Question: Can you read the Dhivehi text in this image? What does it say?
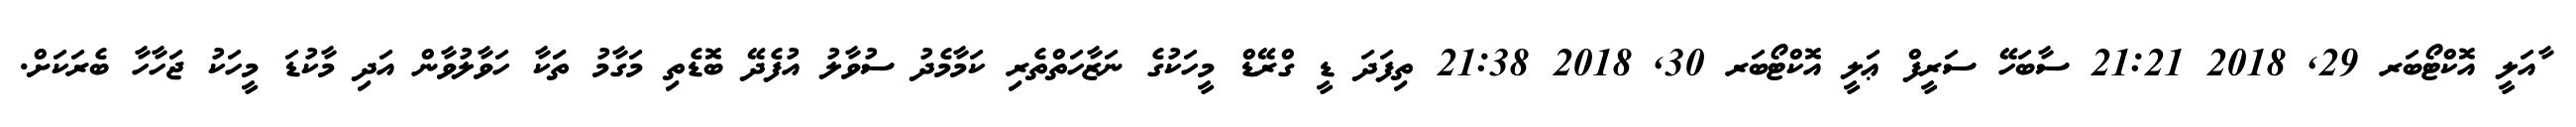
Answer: ާއަލީ އޮކްޓޯބަރ 29, 2018 21:21 ސާބަހޭ ސަރީފް ޢަލީ އޮކްޓޯބަރ 30, 2018 21:38 ތިފަދަ ޑީ ގްރޭޑް މީހަކުގެ ނަޒާހަތްތެރި ކަމާމެދު ސުވާލު އުފެދޭ ބޮޑެތި މަގާމު ތަަކާ ހަވާލުވާން އަދި މާކުޑަ މީހަކު ޖަހާހާ ބެރަކަށް.